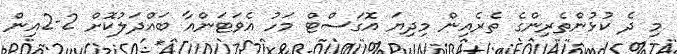
މި ދެ ކުޅުންތެރިންގެ ތެރެއިން މިދިޔަ އޮގަސްޓް މަހު އެވަޓަންއާ ބައްދަލުކޮށް 2-2އިން